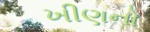
ખીણનો